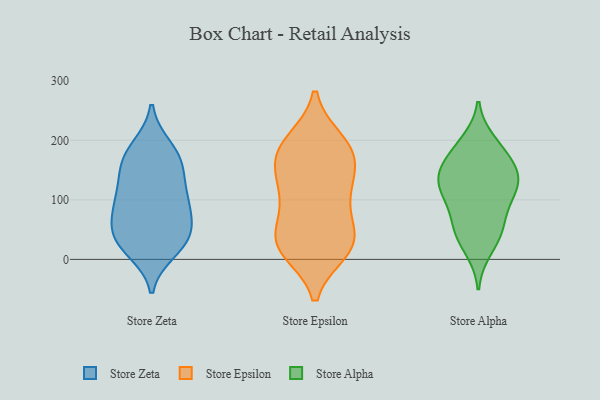
{"axis": {"x": "Headcount", "y": "Value"}, "legend": ["Store Alpha", "Store Epsilon", "Store Zeta"], "data": [{"x": "", "y": 44, "type": "Store Zeta"}, {"x": "", "y": 70, "type": "Store Zeta"}, {"x": "", "y": 157, "type": "Store Zeta"}, {"x": "", "y": 56, "type": "Store Zeta"}, {"x": "", "y": 84, "type": "Store Zeta"}, {"x": "", "y": 39, "type": "Store Zeta"}, {"x": "", "y": 13, "type": "Store Zeta"}, {"x": "", "y": 114, "type": "Store Zeta"}, {"x": "", "y": 97, "type": "Store Zeta"}, {"x": "", "y": 156, "type": "Store Zeta"}, {"x": "", "y": 100, "type": "Store Zeta"}, {"x": "", "y": 167, "type": "Store Zeta"}, {"x": "", "y": 149, "type": "Store Zeta"}, {"x": "", "y": 44, "type": "Store Zeta"}, {"x": "", "y": 23, "type": "Store Zeta"}, {"x": "", "y": 190, "type": "Store Zeta"}, {"x": "", "y": 19, "type": "Store Zeta"}, {"x": "", "y": 107, "type": "Store Zeta"}, {"x": "", "y": 189, "type": "Store Zeta"}, {"x": "", "y": 123, "type": "Store Epsilon"}, {"x": "", "y": 100, "type": "Store Epsilon"}, {"x": "", "y": 107, "type": "Store Epsilon"}, {"x": "", "y": 125, "type": "Store Epsilon"}, {"x": "", "y": 15, "type": "Store Epsilon"}, {"x": "", "y": 200, "type": "Store Epsilon"}, {"x": "", "y": 24, "type": "Store Epsilon"}, {"x": "", "y": 158, "type": "Store Epsilon"}, {"x": "", "y": 13, "type": "Store Epsilon"}, {"x": "", "y": 167, "type": "Store Epsilon"}, {"x": "", "y": 15, "type": "Store Epsilon"}, {"x": "", "y": 31, "type": "Store Epsilon"}, {"x": "", "y": 165, "type": "Store Epsilon"}, {"x": "", "y": 193, "type": "Store Epsilon"}, {"x": "", "y": 46, "type": "Store Epsilon"}, {"x": "", "y": 200, "type": "Store Epsilon"}, {"x": "", "y": 67, "type": "Store Epsilon"}, {"x": "", "y": 175, "type": "Store Epsilon"}, {"x": "", "y": 41, "type": "Store Epsilon"}, {"x": "", "y": 88, "type": "Store Alpha"}, {"x": "", "y": 47, "type": "Store Alpha"}, {"x": "", "y": 171, "type": "Store Alpha"}, {"x": "", "y": 153, "type": "Store Alpha"}, {"x": "", "y": 197, "type": "Store Alpha"}, {"x": "", "y": 119, "type": "Store Alpha"}, {"x": "", "y": 49, "type": "Store Alpha"}, {"x": "", "y": 148, "type": "Store Alpha"}, {"x": "", "y": 132, "type": "Store Alpha"}, {"x": "", "y": 106, "type": "Store Alpha"}, {"x": "", "y": 17, "type": "Store Alpha"}, {"x": "", "y": 139, "type": "Store Alpha"}, {"x": "", "y": 117, "type": "Store Alpha"}, {"x": "", "y": 187, "type": "Store Alpha"}, {"x": "", "y": 52, "type": "Store Alpha"}]}